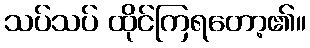
သပ်သပ် ထိုင်ကြရတော့၏။